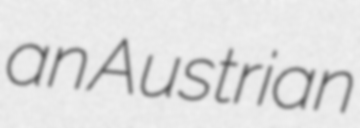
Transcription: an Austrian